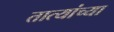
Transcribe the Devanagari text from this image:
तात्यांच्या